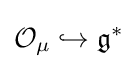
{\mathcal {O}}_{\mu }\hookrightarrow {\mathfrak {g}}^{*}